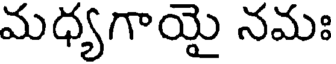
మధ్యగాయై నమః